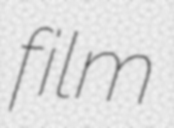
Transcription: film